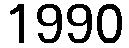
1990